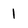
Character: 1